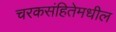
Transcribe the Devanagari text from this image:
चरकसंहितेमधील